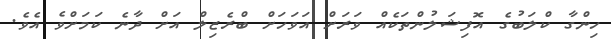
ހިންގާ ކްލަބުގެ އޮފިޝަލުންތަކެއް ވަރަށް އަވަހަށް ބްރެޒިލް އަށް ދާނެ ކަމަށްވެ އެވެ.